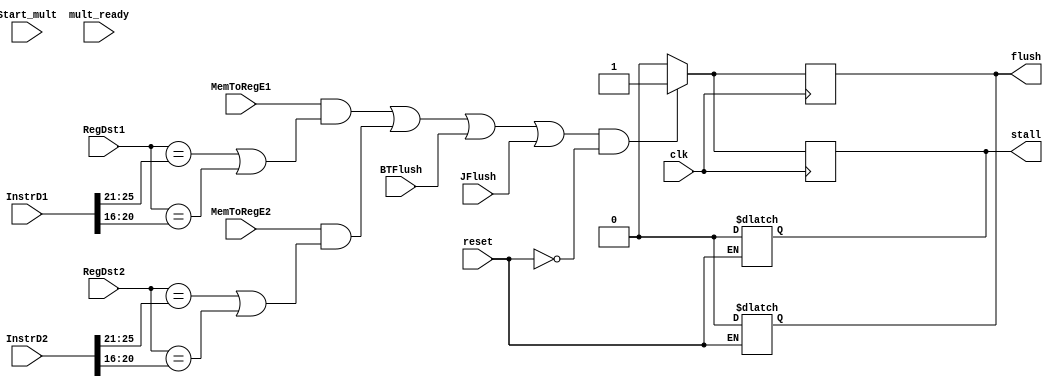
module hazard_unit_ss(	input clk,
					input MemToRegE1, MemToRegE2,
					input reset,
					input Start_mult, mult_ready, BTFlush, JFlush,
					input [4:0] RegDst1, RegDst2, 
					input [31:0] InstrD1, InstrD2,
					output reg stall, flush);

/*	HAZARD UNIT THAT WILL STALL FOR STALL HAZARDS (LOAD-USE)
	CHECK IF REGDST AT DECODE STAGE == WRITE REG */
	always@(*) if(reset) begin
	stall <= 0; flush <= 0;	
	end
	always@(posedge clk) begin
	#1
	stall <= 0; flush <= 0;	
	if (	(
			((MemToRegE1) && ((RegDst1 == InstrD1[25:21]) || (RegDst1 == InstrD1[20:16]))) ||
			((MemToRegE2) && ((RegDst2 == InstrD2[25:21]) || (RegDst2 == InstrD2[20:16]))) ||	
			BTFlush || JFlush
			) && 
			(!reset)) begin
		stall <= 1; flush <= 1;
		end
	end
endmodule